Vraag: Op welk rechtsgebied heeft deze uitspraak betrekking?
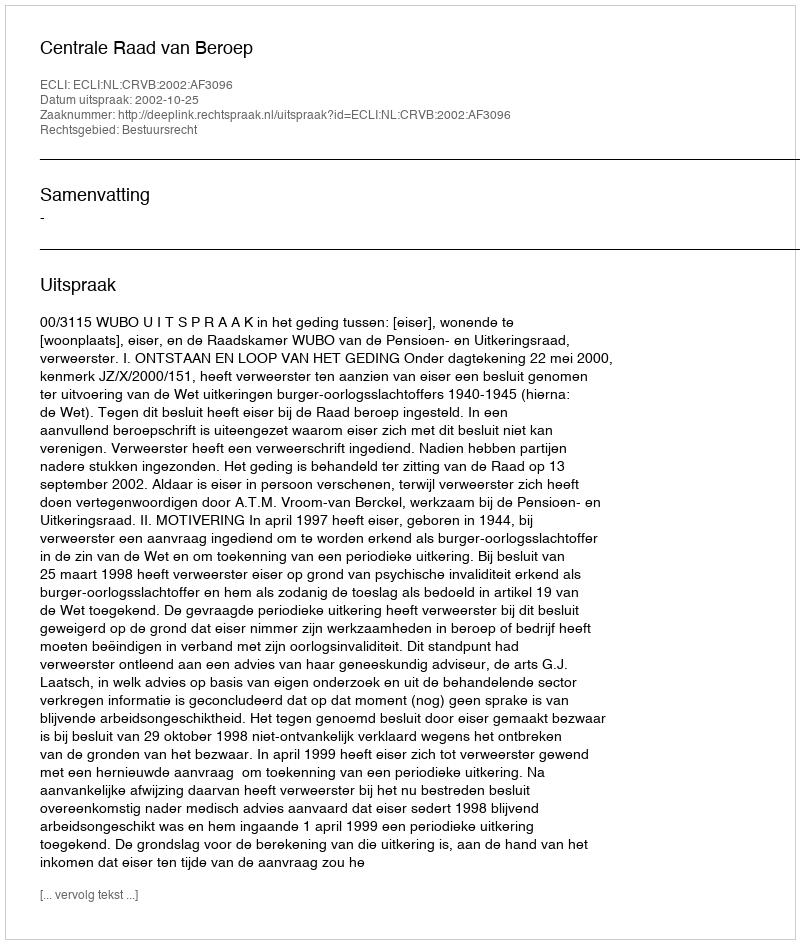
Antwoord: Bestuursrecht